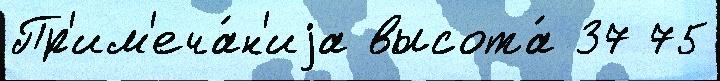
Пр'им'еча́н'иjа высота́ 37 75